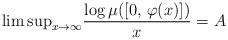
LaTeX: \begin{align*}{\lim\sup}_{x\to\infty}\frac{\log \mu ([0,\,\varphi(x)])}{x}=A\end{align*}